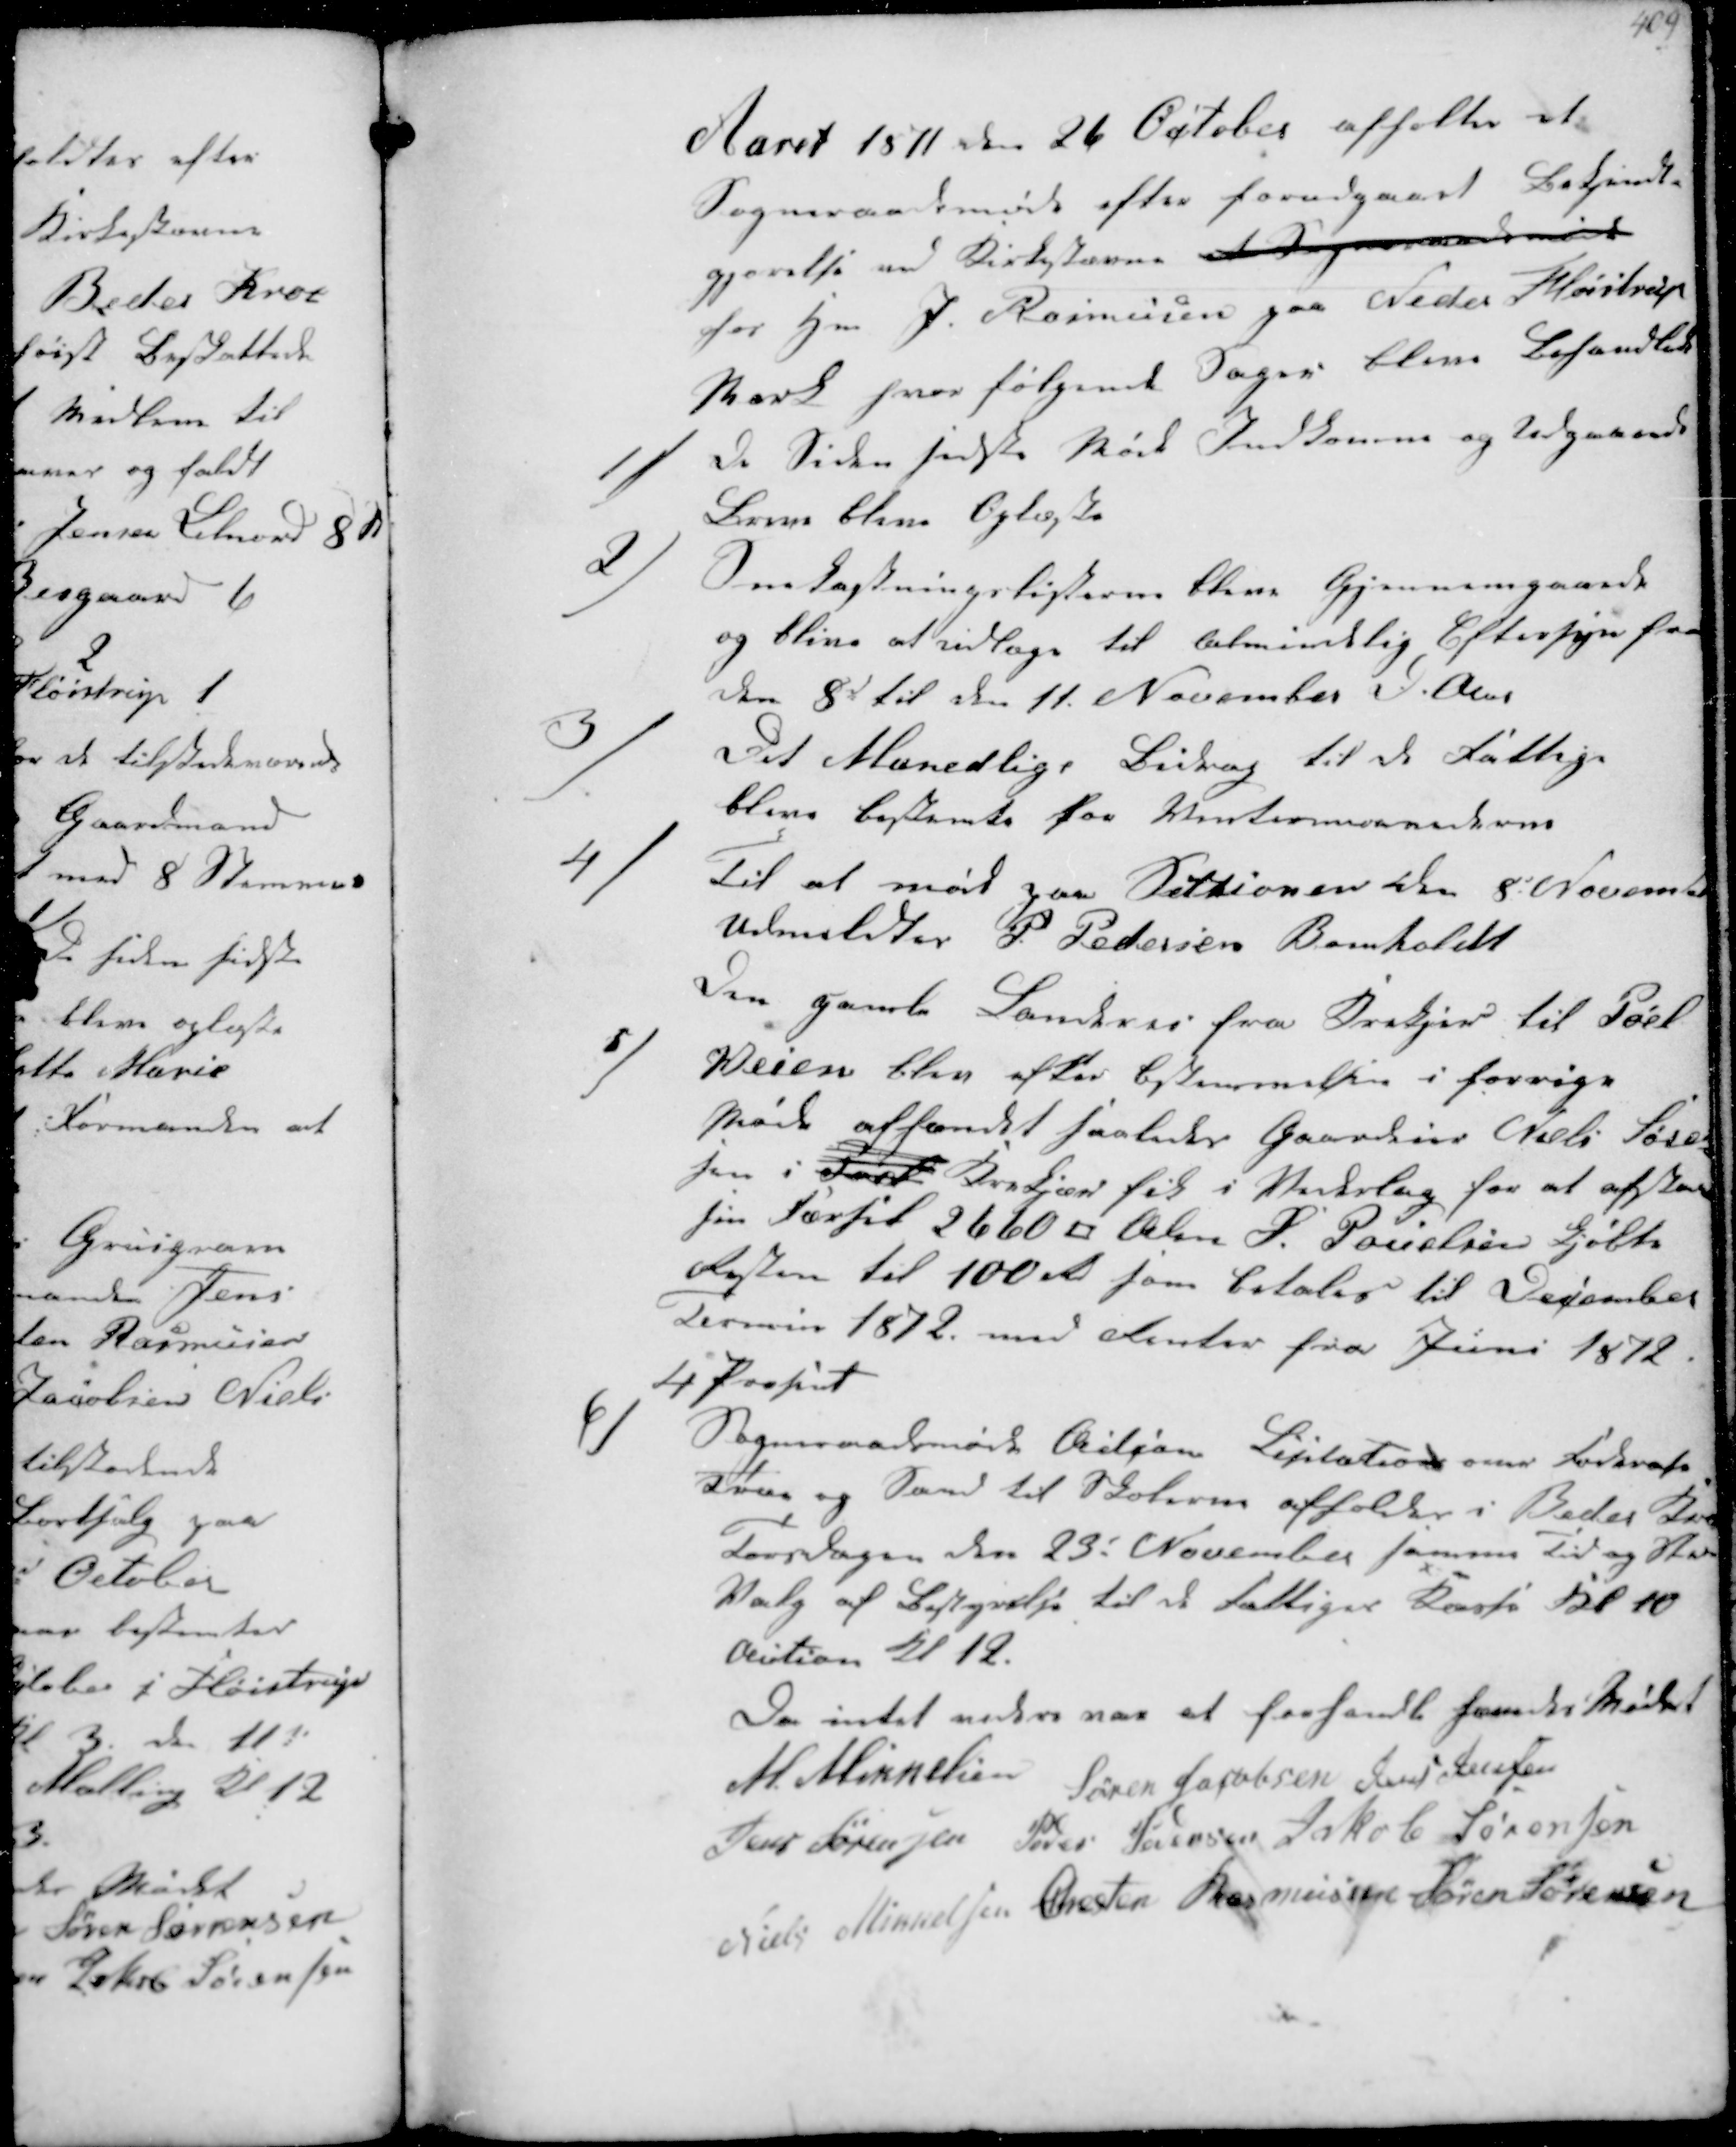
Transskription:
Aaret 1871 den 26 October afholtes et
Sogneraadsmøde efter forudgaaet Bekjendt-
gjørelse ved Kirkestævne et Sogneraadsmøde
hos H J. Rasmussen paa Neder Fløistrup
Mark hvor følgende Sager bleve behandlede

1/

De Siden sidste Møde Indkomne og Udgaaende
Breve bleve oplæste

2/

Snekastningslisterne bleve Gjennemgaaede
og blive at udlæge til Almindelig Eftersyn fra
den 8de til den 11 November d.A

3/

Det Manedlige Bidrag til de Fattige
bleve bestemte for Vintermaanederne

4/

Til at møde paa Sessionen den 8d November
udmeldtes P. Pedersen Bomholdt
Den gamle Landevei fra Krekjær til Pøel

5

Veien blev efter Bestemmelsen i forrige
Møde afhændet saaledes Gaardeier Niels Søren-
sen i Krekjær Pøel fik i Vederlag for at afstaa
sin Færsel 2660 □ Alen S. Poulsen kjøbte 
Resten til 100rd som betales til December 
Termin 1872. med Renter fra Juni 1872
4 Prosent

6/

Sogneraadsmøde Action Liciation over Fourage
Træ og Sand til Skolerne afholdes i Beder Kro
Tirsdagen den 23d November samme Tid og Sted
Valg af Bestyrelse til de Fattiges Kasse Kl 10
Auction Kl 12.
Da intet videre var at forhandle hævedes Mødet
M. Mikkelsen Søren Jacobsen Jens Jensen
Jens Sørensen Peder Pedersen Jakob Sørensen
Niels Mikkelsen Chresten Rasmussen Søren Sørensen